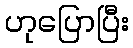
ဟုပြောပြီး